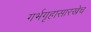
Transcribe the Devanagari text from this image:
गर्भगृहासारखेच